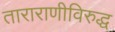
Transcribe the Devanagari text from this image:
ताराराणीविरुद्ध